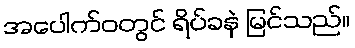
အပေါက်ဝတွင် ရိပ်ခနဲ မြင်သည်။